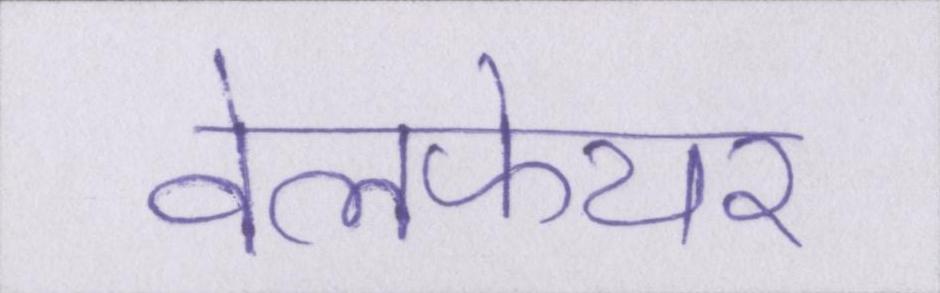
वेलफेयर